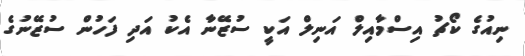
ނިއުގެ ކޯޗު އިސްމާއިލް އަނިލް އަކީ ސުޒޭނާ އެކު އަދި ފަހުން ސުޒޭނުގެ